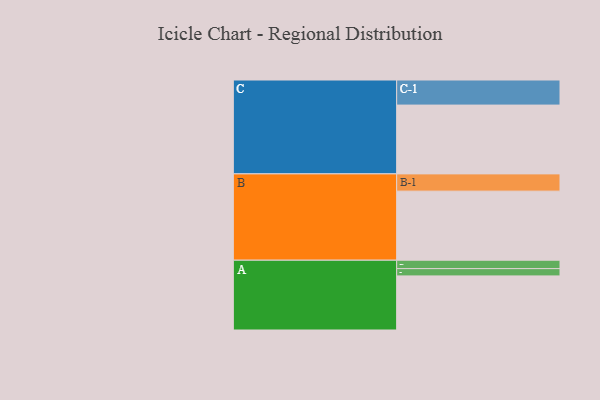
{"axis": {"x": "Segment", "y": "Value"}, "legend": ["", "A", "B", "C"], "data": [{"x": "A", "y": 386, "type": ""}, {"x": "B", "y": 493, "type": ""}, {"x": "C", "y": 491, "type": ""}, {"x": "A-1", "y": 60, "type": "A"}, {"x": "A-2", "y": 52, "type": "A"}, {"x": "B-1", "y": 123, "type": "B"}, {"x": "C-1", "y": 179, "type": "C"}]}